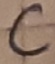
Text: C